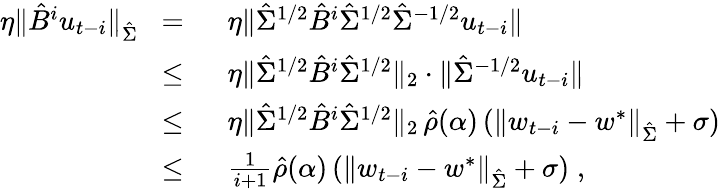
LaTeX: \begin{array}{rl}{\eta\| \hat{B}^{i}u_{t-i}\| _{\hat{\Sigma}}\; \; =}&{\; \; \eta\| \hat{\Sigma}^{1/2}\hat{B}^{i}\hat{\Sigma}^{1/2}\hat{\Sigma}^{-1/2}u_{t-i}\| }\\ {\le}&{\; \; \eta\| \hat{\Sigma}^{1/2}\hat{B}^{i}\hat{\Sigma}^{1/2}\| _{2}\cdot\| \hat{\Sigma}^{-1/2}u_{t-i}\| }\\ {\le}&{\; \; \eta\| \hat{\Sigma}^{1/2}\hat{B}^{i}\hat{\Sigma}^{1/2}\| _{2}\, \hat{\rho}(\alpha)\, (\| w_{t-i}-w^{*}\| _{\hat{\Sigma}}+\sigma)}\\ {\le}&{\; \; \frac{1}{i+1}\hat{\rho}(\alpha)\, (\| w_{t-i}-w^{*}\| _{\hat{\Sigma}}+\sigma)\; ,}\end{array}